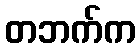
တဘက်က